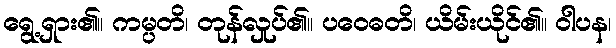
ရွေ့ရှား၏။ ကမ္ပတိ၊ တုန်လှုပ်၏။ ပဝေဓတိ၊ ယိမ်းယိုင်၏။ ဝါပန၊